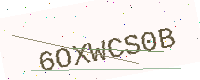
Text: 6OXWCS0B